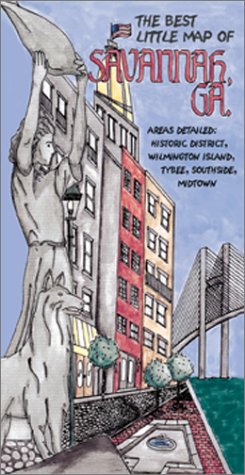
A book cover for The Best Little Map of Savannah, GA.; Navigator Maps; Travel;